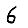
Digit: 6